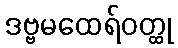
ဒဗ္ဗမထေရ်ဝတ္ထု